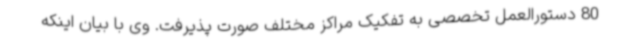
80 دستورالعمل تخصصی به تفکیک مراکز مختلف صورت پذیرفت. وی با بیان اینکه